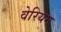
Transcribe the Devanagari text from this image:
वेरियम